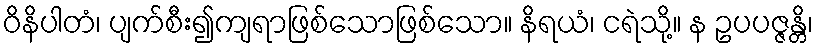
ဝိနိပါတံ၊ ပျက်စီး၍ကျရာဖြစ်သောဖြစ်သော။ နိရယံ၊ ငရဲသို့။ န ဥပပဇ္ဇန္တိ၊